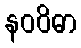
နဝဝိဓာ